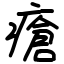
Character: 瘡